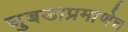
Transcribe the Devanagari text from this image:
घुबडाप्रमाणेच